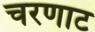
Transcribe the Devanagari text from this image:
चरणाट